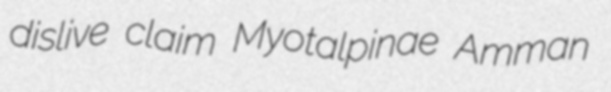
dislive claim Myotalpinae Amman